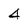
Character: 4